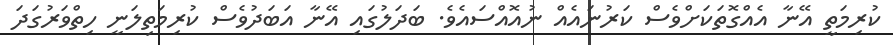
ކުރިމަތީ އޭނާ އެއްގޮތަކަށްވެސް ކަރުނައެއް ނުއޮއްސައެވެ. ބަދަލުގައި އޭނާ އަބަދުވެސް ކުރިމަތިލަނީ ހިތްވަރުގަދަ